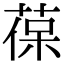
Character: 葆